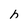
Character: h